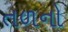
તળનો